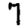
Digit: 7